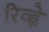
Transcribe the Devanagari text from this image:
रिव्ह्ने